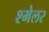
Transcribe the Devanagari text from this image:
श्मेलर